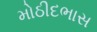
મોઠીદભાસ